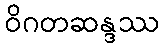
ဝိဂတဆန္ဒဿ